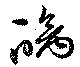
醨